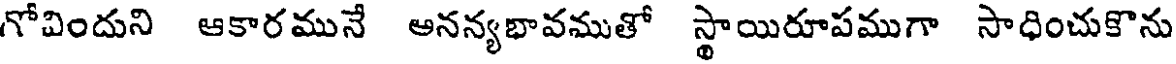
గోవిందుని ఆకారమునే అనన్యభావముతో స్థాయిరూపముగా సాధించుకొను